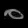
Digit: ၀